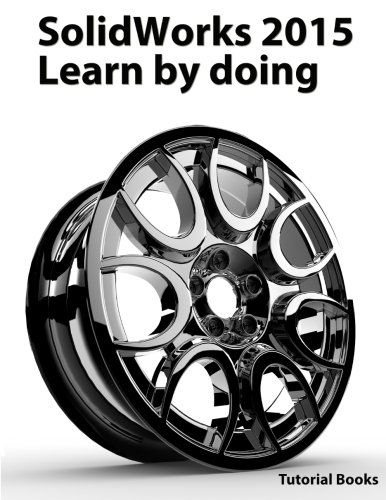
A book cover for SolidWorks 2015  Learn by doing (Part, Assembly, Drawings, Sheet metal, Surface Design, Mold Tools, Weldments, DimXpert, and Rendering); Tutorial Books; Computers & Technology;